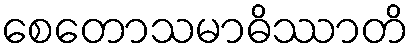
စေတောသမာဓိဿာတိ